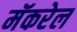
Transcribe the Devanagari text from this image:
मॅकरेल